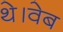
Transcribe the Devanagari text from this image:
थे।वेब